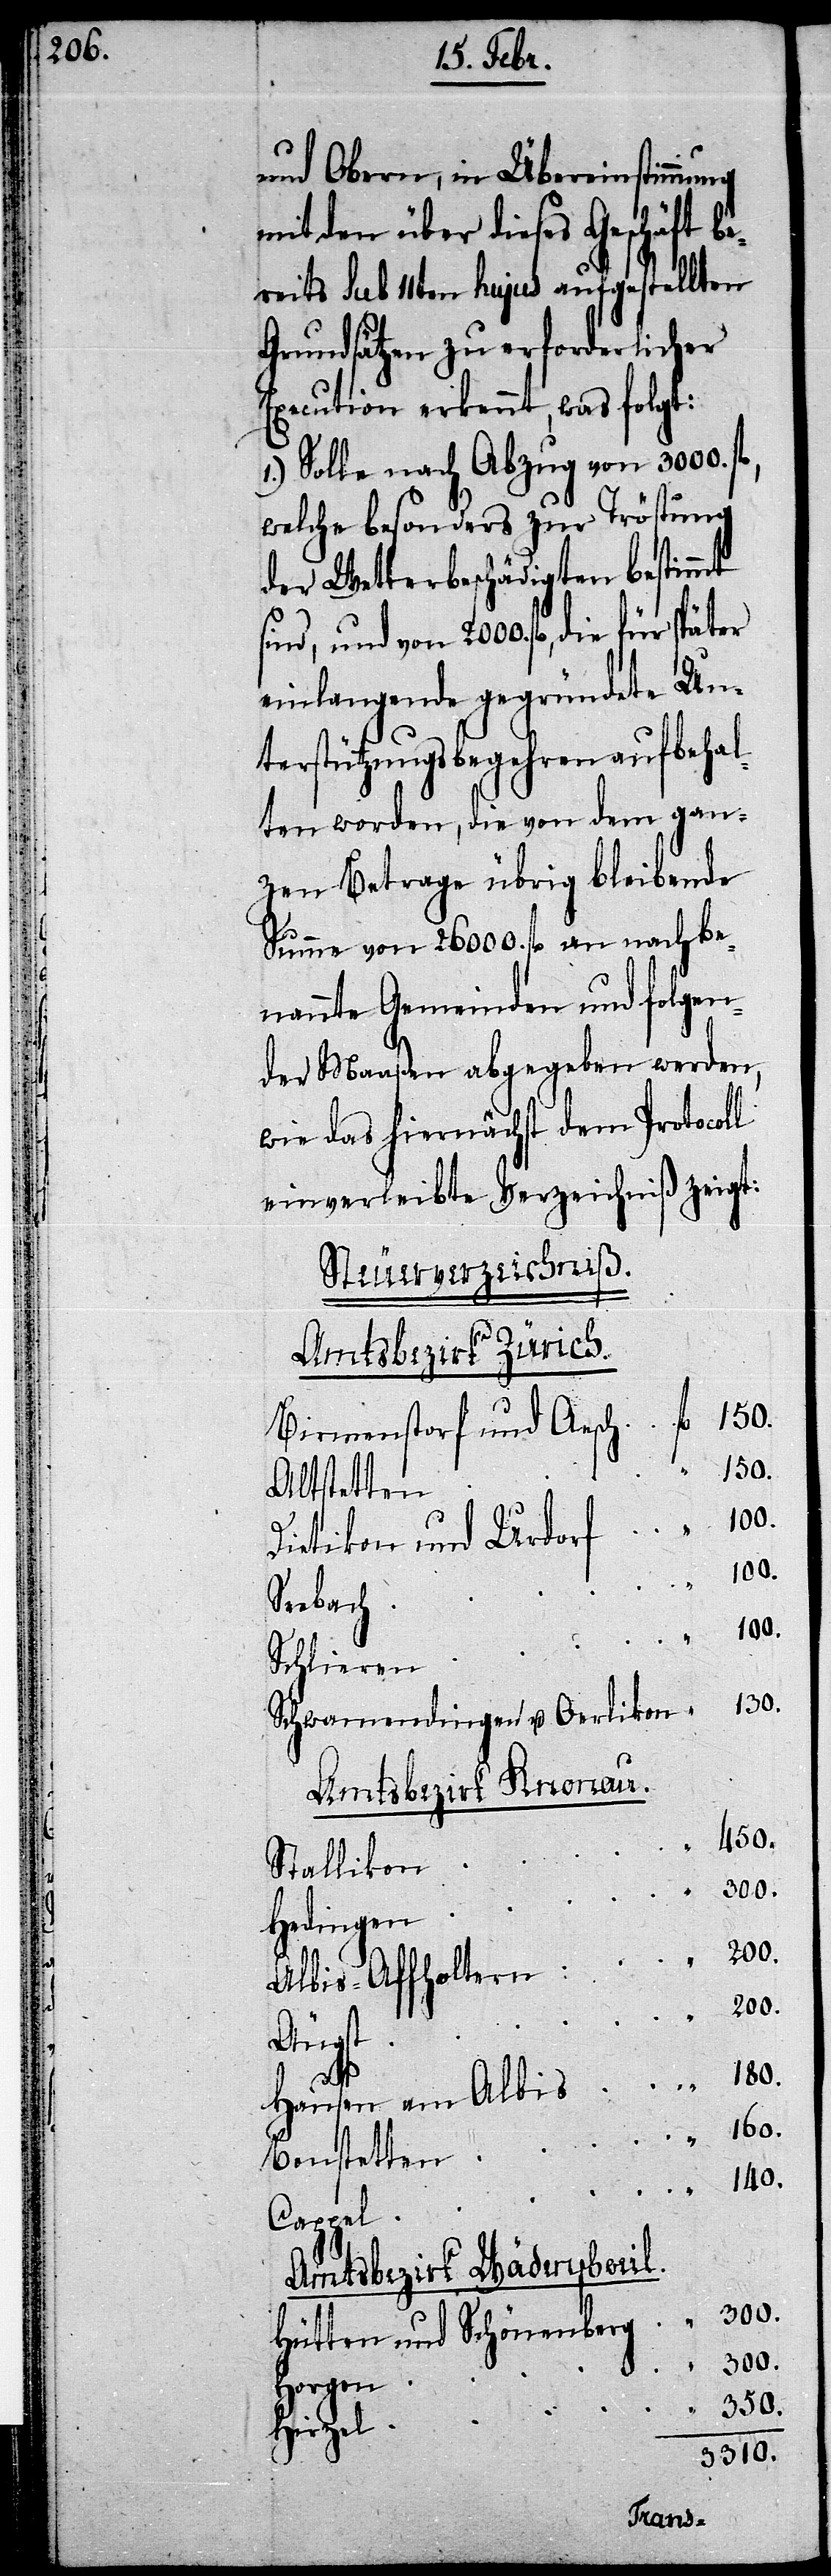
und Obern, in Übereinstimmung
mit den über dieses Geschäft be¬
reits Sub 11ten hujus aufgestellten
Grundsätzen zu erforderlicher
Execution erkennt, was folgt:
1.) Solle nach Abzug von 3000. f¬
welche besonders zur Tröstung
der Wetterbeschädigten bestimmt
ind, und von 2000. fl., die für
einlangende gegründete Un¬
terstützungsbegehren aufbehal¬
ten worden, die von dem gan¬
zen Betrage übrig bleibende
Summe von 26000. fl. an nachbe¬
nannte Gemeinden und folgen¬
der Maaßen abgegeben werden,
wie das hiernächst dem Protocoll
einverleibte Verzeichniß zeigt:
Steuerverzeichniß.
Amtsbezirk Zürich.
160.
Birmenstorf und Aesch
180.
Bonstetten
Dietikon und Urdorf
100.
Seebach
140.
Schlieren
Schwamendingen u. Oerlikon
Amtsbezirk Knonau.
450.
Stallikon
Hedingen
Äugst
350.
Cappel
Amtsbezirk Wädenschweil.
Hütten und Schönenberg
300.
„
Horgen
Hirzel
3310.